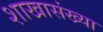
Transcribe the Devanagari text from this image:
शाखासंख्या